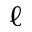
\ell